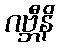
ဂဗ္ဘီနိ